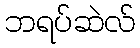
ဘရပ်ဆဲလ်